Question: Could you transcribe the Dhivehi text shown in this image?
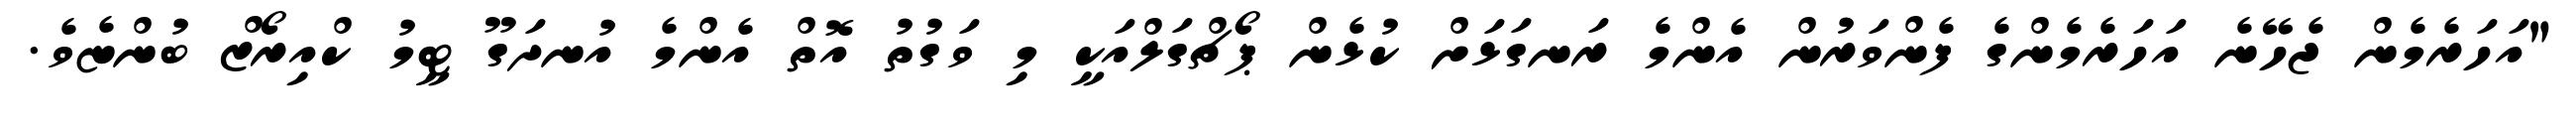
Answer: "އަހަރެމެން ޖެހޭނެ އަހަރެމެންގެ ފެންވަރުން އެންމެ ރަނގަޅަށް ކުޅެން ޕޯޗްގަލްއަކީ މި ވަގުތު އޮތް އެންމެ އުނދަގޫ ޓީމު ކްއިރޯޒް ބުންޏެވެ.